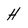
Character: H